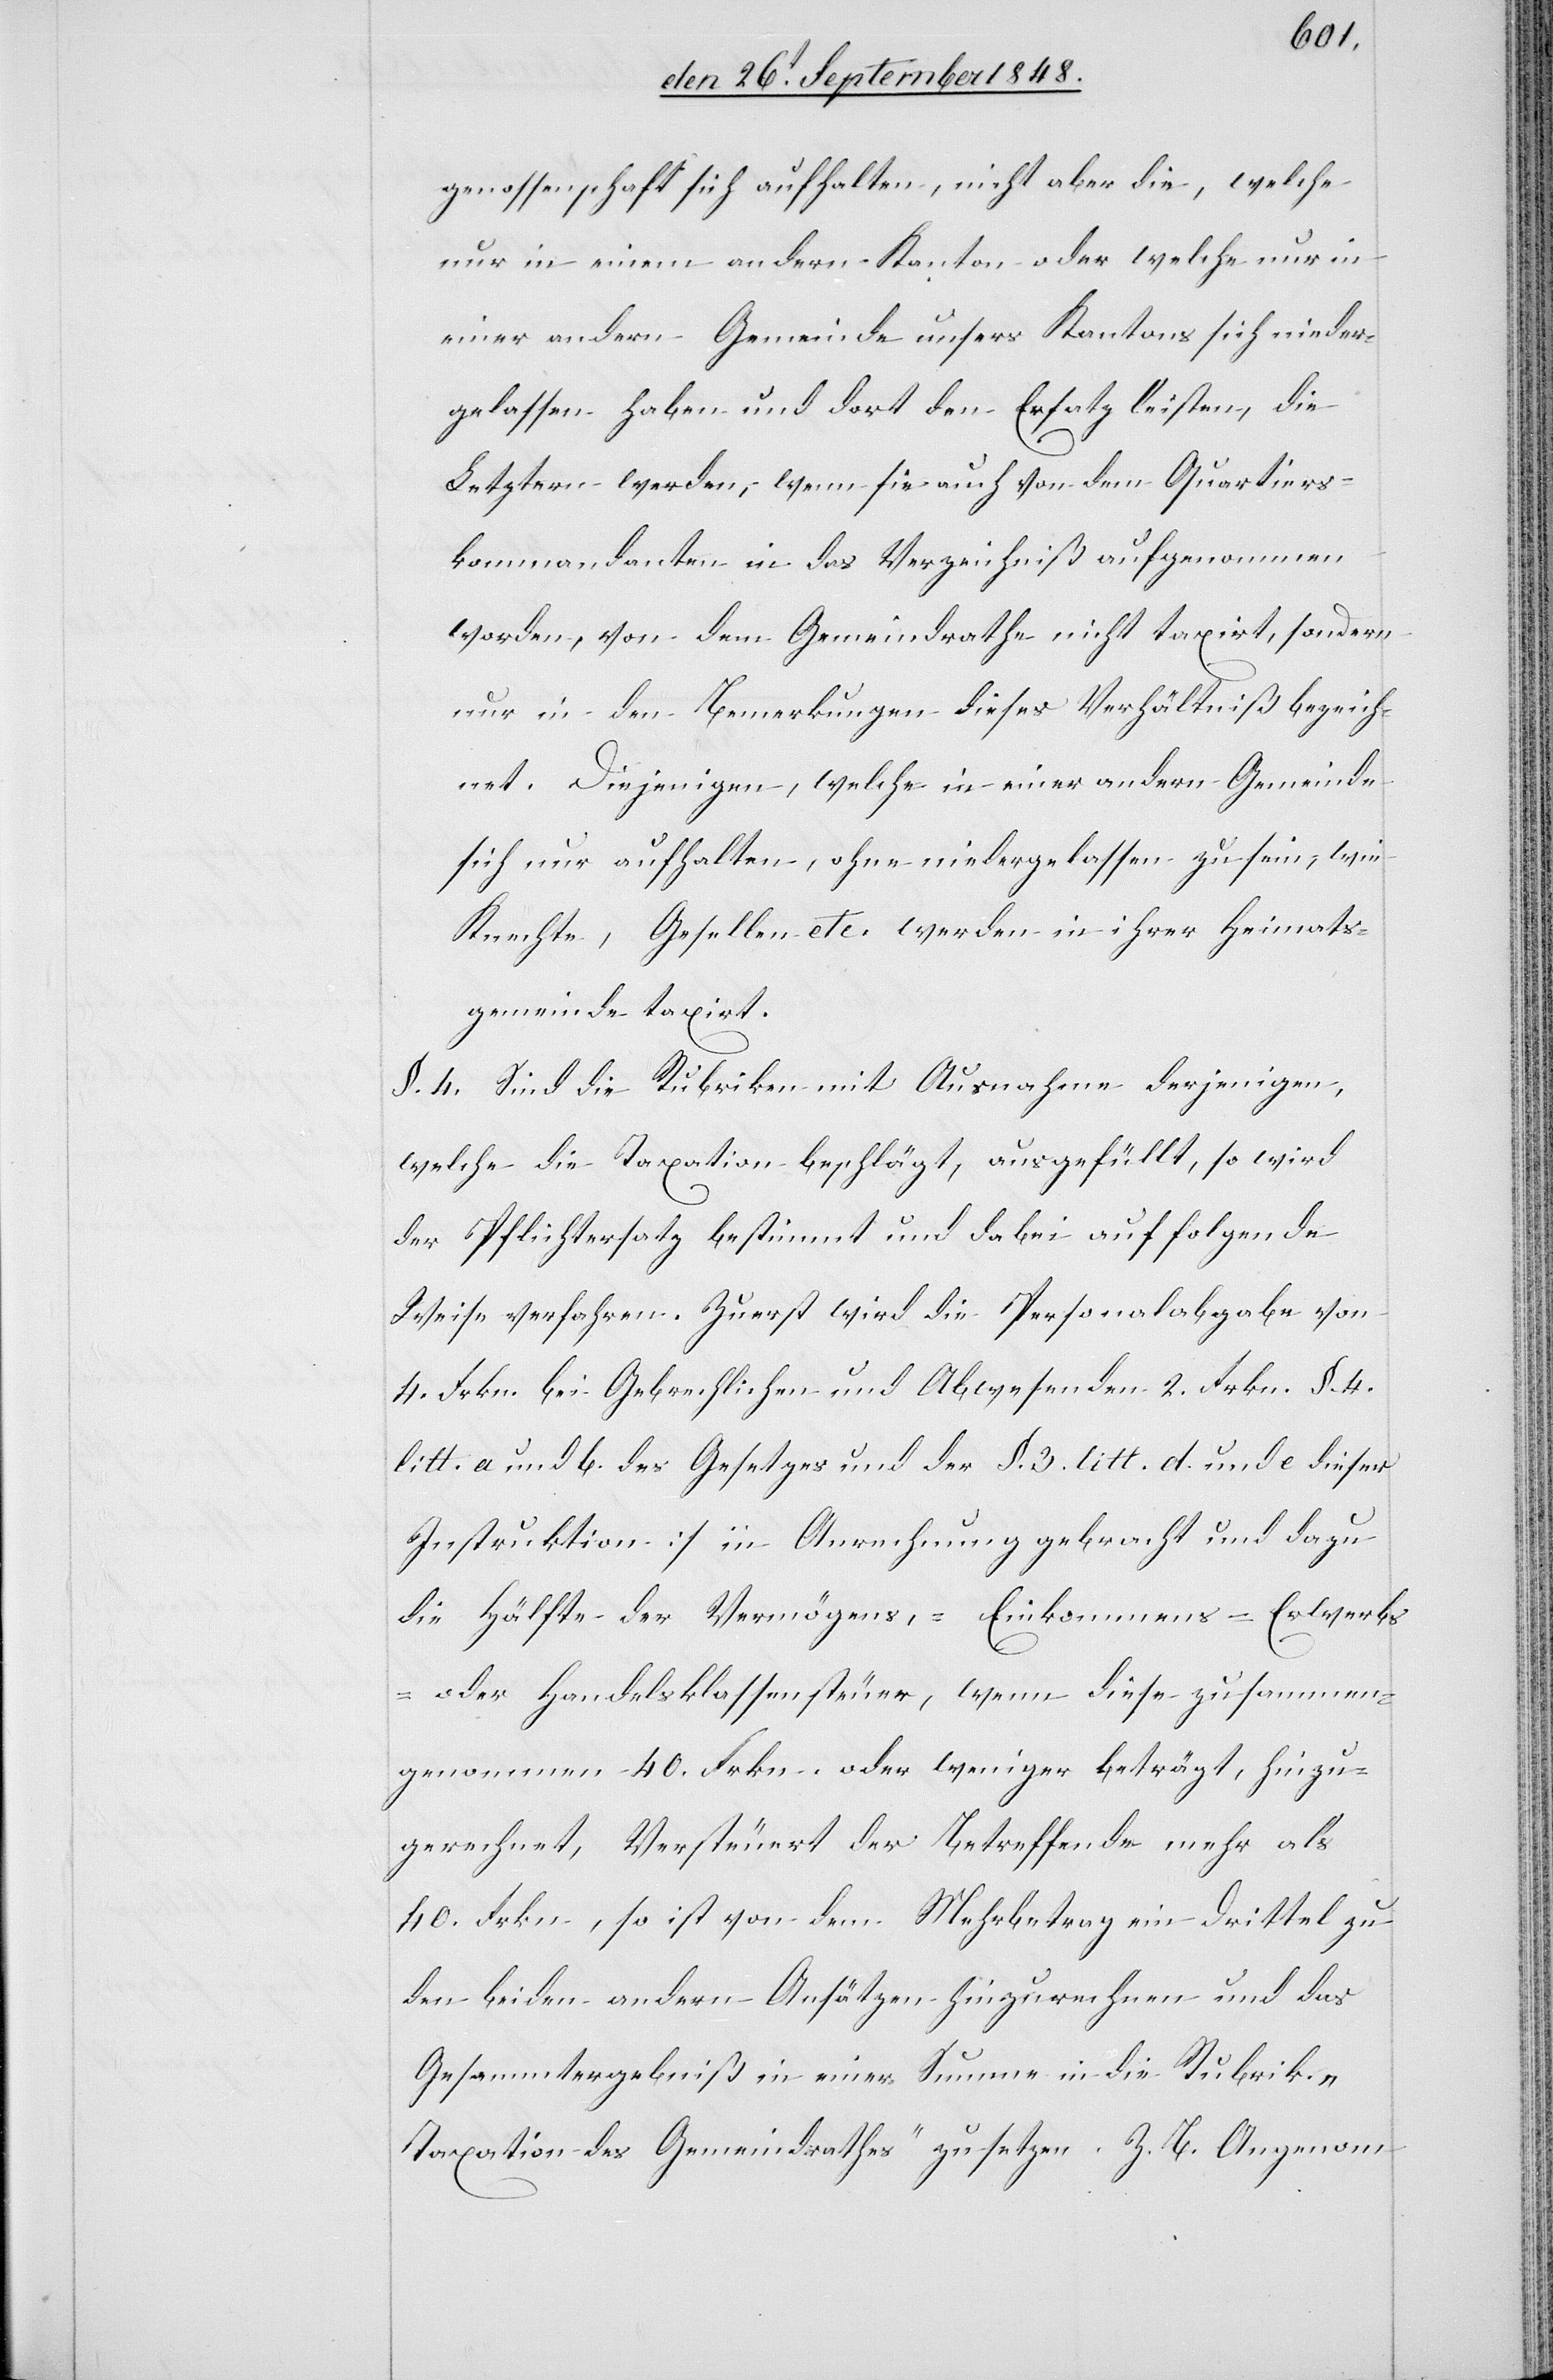
genosenschaft sich aufhalten, nicht aber die, welche
nur in einem andern Kanton oder welche nur in
einer andern Gemeinde unsers Kantons sich nieder¬
gelassen haben, und dort den Ersatz leisten, die
Letztern werden, wenn sei auch von dem Quartiers¬
kommandanten in das Verzeichniß aufgenommen
werden, von dem Gemeindrathe nicht taxirt, sondern
nur in den Bemerkungen dieses Verhältniß bezeich¬
net. Diejenigen, welche in einer andern Gemeinde
sich nur aufhalten, ohne niedergelassen zu sein, wie
Knechte, Gesellen etc. werden in ihrer Heimats¬
gemeinde taxirt.
§. 4. Sind die Rubriken mit Ausnahme derjenigen,
welche die Taxation beschlägt, ausgefüllt, so wird
der Pflichtersatz bestimmt und dabei auf folgende
Weise verfahren. Zuerst wird die Personalabgabe von
4. Frkn. bei Gebrechlichen und Abwesenden 2. Frkn. []§. 4.
litt. a. und b. des Gesetzes und der §. 3. litt. d. und e. dieser
Instruktion] in Anrechnung gebracht und dazu
die Hälfte der Vermögens-, Einkommens- Erwerbs-
oder Handelsklassensteuer, wenn diese zusammen¬
genommen 40. Frkn. oder weniger beträgt, hinzu¬
gerechnet, Versteuert der Betreffende mehr als
40. Frkn., so ist von dem Mehrbetrag ein Drittel zu
den beiden andern Ansätzen hinzurechnen und das
Gesammtergebniß in einer Summe in die Rubrik
„Taxation des Gemeindrathes“ zu setzen. Z. B. Angenom-